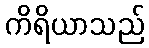
ကိရိယာသည်